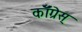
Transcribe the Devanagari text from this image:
कॉँँग्रेस्